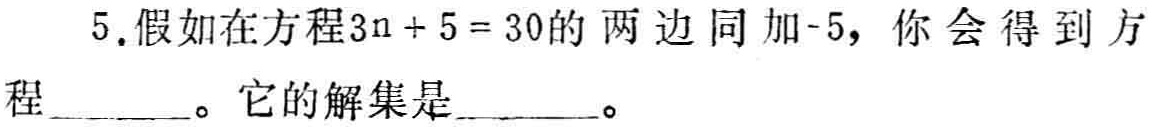
5.假如在方程\(3n + 5 = 30\)的两边同加\(-5\)，你会得到方程______。它的解集是______。